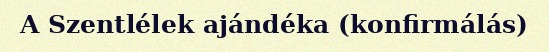
A Szentlélek ajándéka (konfirmálás)